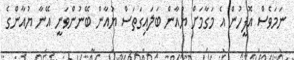
ނަމަވެސް އޮފީހުން އެ މަގާމަށް ޔުއާން ބަލައިގަތަސް ޔުއާން ބޭނުންވަނީީ އޭނާ ޔުއާންގެ